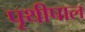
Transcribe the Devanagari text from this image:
पृथीपाल